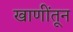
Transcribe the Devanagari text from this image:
खाणींतून